Scottish Education Department, 1936
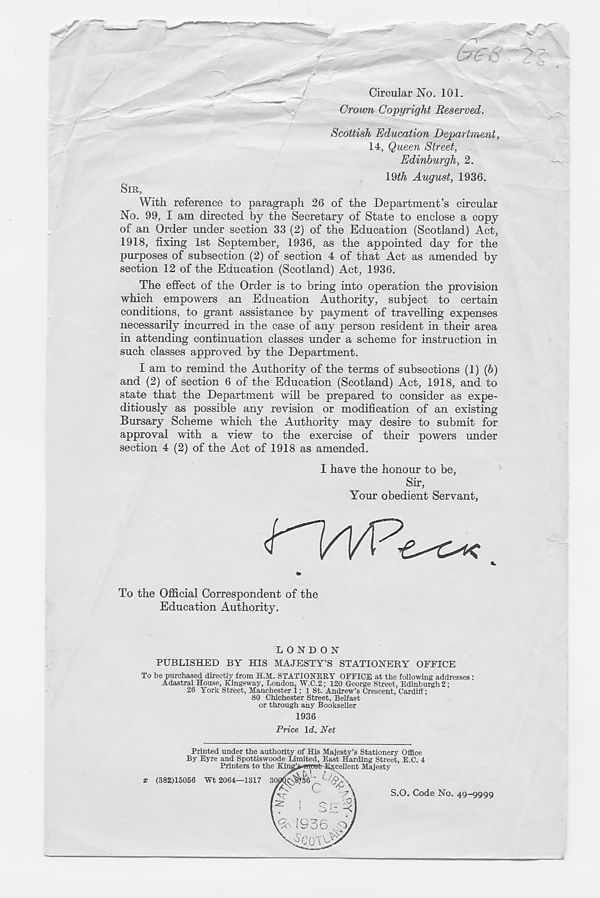
(/£■£?
Circular No. 101.
Crown Copyright Reserved.
Scottish Education Department,
14, Queen Street,
Edinburgh, 2.
19th August, 1936.
SIR,
With reference to paragraph 26 of the Department’s circular
No. 99, I am directed by the Secretary of State to enclose a copy
of an Order under section 33 (2) of the Education (Scotland) Act,
1918, fixing 1st September, 1936, as the appointed day for the
purposes of subsection (2) of section 4 of that Act as amended by
section 12 of the Education (Scotland) Act, 1936.
The effect of the Order is to bring into operation the provision
which empowers an Education Authority, subject to certain
conditions, to grant assistance by payment of travelling expenses
necessarily incurred in the case of any person resident in their area
in attending continuation classes under a scheme for instruction in
such classes approved by the Department.
I am to remind the Authority of the terms of subsections (1) {b)
and (2) of section 6 of the Education (Scotland) Act, 1918, and to
state that the Department will be prepared to consider as expe-
ditiously as possible any revision or modification of an existing
Bursary Scheme which the Authority may desire to submit for
approval with a view to the exercise of their powers under
section 4 (2) of the Act of 1918 as amended.
I have the honour to be,
Sir,
Your obedient Servant,
K.
to
To the Official Correspondent of the
Education Authority.
LONDON
PUBLISHED BY HIS MAJESTY’S STATIONERY OFFICE
To be purchased directly from H.M. STATIONERY OFFICE at the following addresses:
Adastral House, Kingsway, London, W.C.2; 120 George Street, Edinburgh 2;
26 York Street, Manchester 1; 1 St. Andrew’s Crescent, Cardiff;
80 Chichester Street, Belfast
or through any Bookseller
1936
Price Id. Net
Printed under the authority of His Majesty’s Stationery Office
By Eyre and Spottiswoode Limited, East Harding Street, E.C. 4
Printers to the King>«mpst Excellent Majesty
(382)15066 Wt 2064—1317 SOOOC'Sj'sk '
c r
T vr
7 ’
i
- . -,o
' ALA
S)i
S.O. Code No. 49-9999